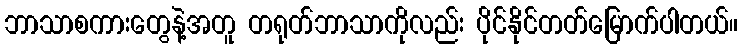
ဘာသာစကားတွေနဲ့အတူ တရုတ်ဘာသာကိုလည်း ပိုင်နိုင်တတ်မြောက်ပါတယ်။